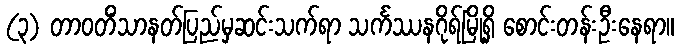
(၃) တာဝတိံသာနတ်ပြည်မှဆင်းသက်ရာ သင်္ကဿနဂိုရ်မြို့ရှိ စောင်းတန်းဦးနေရာ။